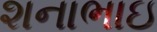
શનાભાઇ